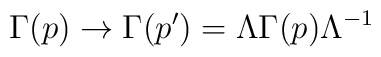
\Gamma (p)\rightarrow \Gamma (p^{\prime })=\Lambda \Gamma (p)\Lambda ^{-1}